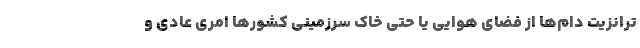
ترانزیت دام‌ها از فضای هوایی یا حتی خاک سرزمینی کشورها امری عادی و